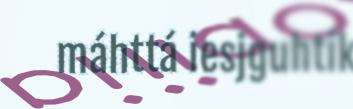
máhttá iesjguhtik